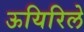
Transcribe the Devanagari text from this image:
ऊयिरिले